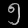
Digit: ၅